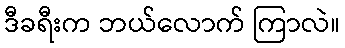
ဒီခရီးက ဘယ်လောက် ကြာလဲ။